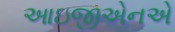
આઇજીએનએ